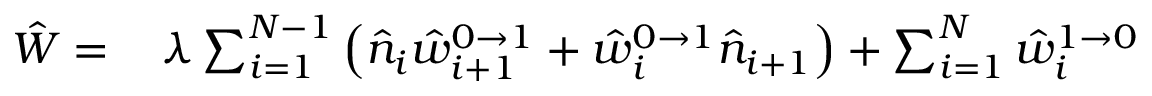
\begin{array} { r l } { \hat { W } = } & { { } \, \lambda \sum _ { i = 1 } ^ { N - 1 } \left( \hat { n } _ { i } \hat { w } _ { i + 1 } ^ { 0 \to 1 } + \hat { w } _ { i } ^ { 0 \to 1 } \hat { n } _ { i + 1 } \right) + \sum _ { i = 1 } ^ { N } \hat { w } _ { i } ^ { 1 \to 0 } } \end{array}